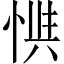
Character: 𱞟